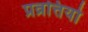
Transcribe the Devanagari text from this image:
प्रव्रत्तियो